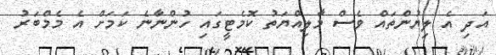
އަދި އެ ލިޔުންތައް ވެސް މާލިއްޔަތު ކޮމެޓީގައި ހުންނާނެ ކަމަށް އެ މެމްބަރު